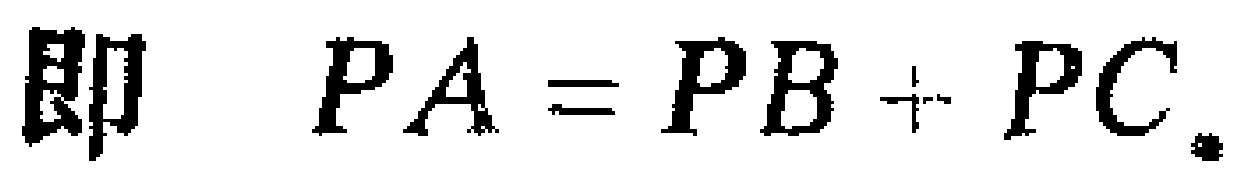
即 \(PA = PB + PC\).